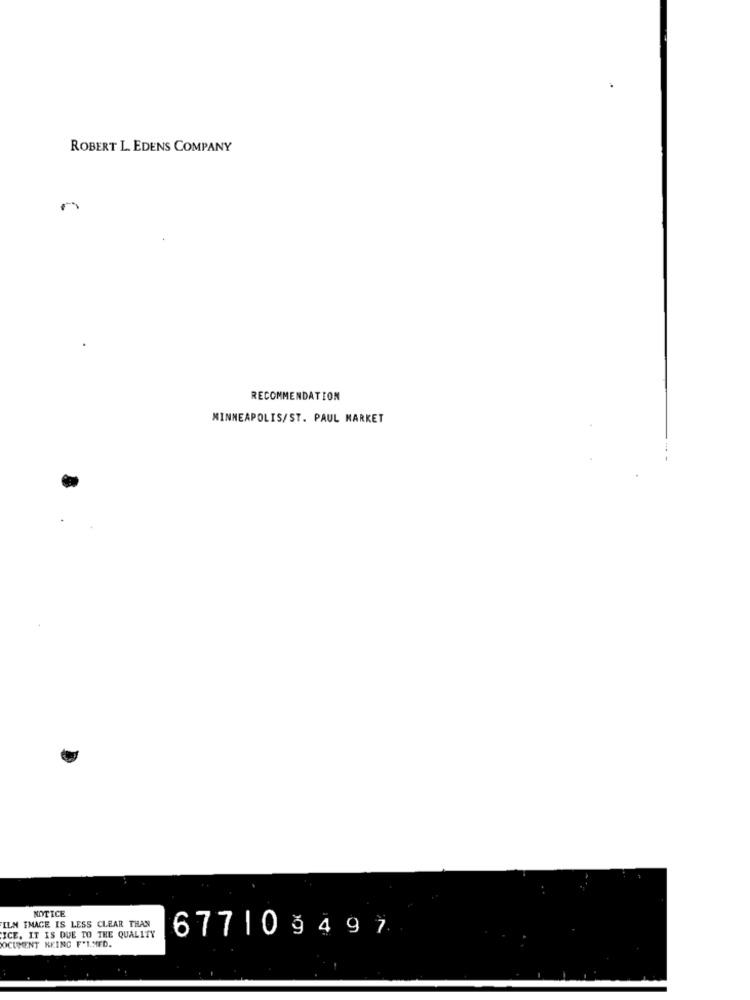
ROBERT L. EDENS COMPANY
RECOMMENDATION
MINNEAPOLIS/ST. PAUL MARKET
NOTICE
ILM IMAGE IS LESS CLEAR THAN
67710 9497
ICE. IT IS DUE TO THE QUALITY
OCUMENT KKING F'1.MED.